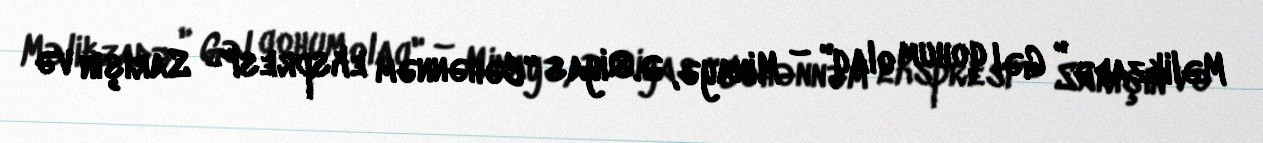
Məlikzadə " Gəl qohum olaq" – Minayə, Ə.Qiyas "Cəhənnəm ekspresi"- Sarışın və